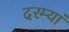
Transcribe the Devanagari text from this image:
दरम्यां